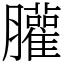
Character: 䑏